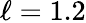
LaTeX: \ell=1.2